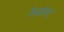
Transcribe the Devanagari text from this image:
पैनकोस्ट